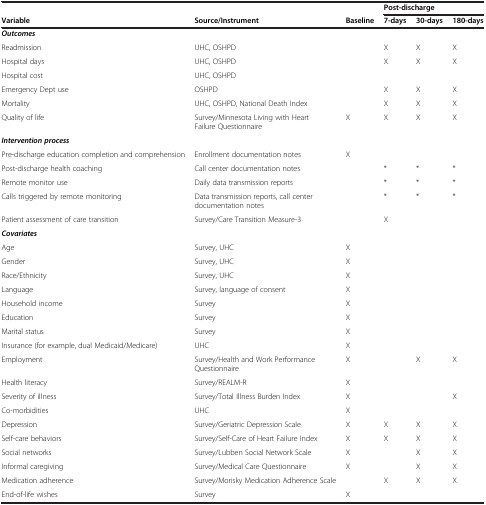
<table><thead><tr><td><b> </b></td><td><b> </b></td><td><b> </b></td><td colspan="3"><b>Post-discharge</b></td></tr><tr><td><b>Variable</b></td><td><b>Source/Instrument</b></td><td><b>Baseline</b></td><td><b>7-days</b></td><td><b>30-days</b></td><td><b>180-days</b></td></tr></thead><tbody><tr><td><b><i>Outcomes</i></b></td><td> </td><td> </td><td> </td><td> </td><td> </td></tr><tr><td>Readmission</td><td>UHC, OSHPD</td><td> </td><td>X</td><td>X</td><td>X</td></tr><tr><td>Hospital days</td><td>UHC, OSHPD</td><td> </td><td>X</td><td>X</td><td>X</td></tr><tr><td>Hospital cost</td><td>UHC, OSHPD</td><td> </td><td> </td><td> </td><td> </td></tr><tr><td>Emergency Dept use</td><td>OSHPD</td><td> </td><td>X</td><td>X</td><td>X</td></tr><tr><td>Mortality</td><td>UHC, OSHPD, National Death Index</td><td> </td><td>X</td><td>X</td><td>X</td></tr><tr><td>Quality of life</td><td>Survey/Minnesota Living with Heart Failure Questionnaire</td><td>X</td><td>X</td><td>X</td><td>X</td></tr><tr><td><b><i>Intervention process</i></b></td><td> </td><td> </td><td> </td><td> </td><td> </td></tr><tr><td>Pre-discharge education completion and comprehension</td><td>Enrollment documentation notes</td><td>X</td><td> </td><td> </td><td> </td></tr><tr><td>Post-discharge health coaching</td><td>Call center documentation notes</td><td> </td><td>*</td><td>*</td><td>*</td></tr><tr><td>Remote monitor use</td><td>Daily data transmission reports</td><td> </td><td>*</td><td>*</td><td>*</td></tr><tr><td>Calls triggered by remote monitoring</td><td>Data transmission reports, call center documentation notes</td><td> </td><td>*</td><td>*</td><td>*</td></tr><tr><td>Patient assessment of care transition</td><td>Survey/Care Transition Measure-3</td><td> </td><td>X</td><td> </td><td> </td></tr><tr><td><b><i>Covariates</i></b></td><td> </td><td> </td><td> </td><td> </td><td> </td></tr><tr><td>Age</td><td>Survey, UHC</td><td>X</td><td> </td><td> </td><td> </td></tr><tr><td>Gender</td><td>Survey, UHC</td><td>X</td><td> </td><td> </td><td> </td></tr><tr><td>Race/Ethnicity</td><td>Survey, UHC</td><td>X</td><td> </td><td> </td><td> </td></tr><tr><td>Language</td><td>Survey, language of consent</td><td>X</td><td> </td><td> </td><td> </td></tr><tr><td>Household income</td><td>Survey</td><td>X</td><td> </td><td> </td><td> </td></tr><tr><td>Education</td><td>Survey</td><td>X</td><td> </td><td> </td><td> </td></tr><tr><td>Marital status</td><td>Survey</td><td>X</td><td> </td><td> </td><td> </td></tr><tr><td>Insurance (for example, dual Medicaid/Medicare)</td><td>UHC</td><td>X</td><td> </td><td> </td><td> </td></tr><tr><td>Employment</td><td>Survey/Health and Work Performance Questionnaire</td><td>X</td><td> </td><td>X</td><td>X</td></tr><tr><td>Health literacy</td><td>Survey/REALM-R</td><td>X</td><td> </td><td> </td><td> </td></tr><tr><td>Severity of illness</td><td>Survey/Total Illness Burden Index</td><td>X</td><td> </td><td> </td><td>X</td></tr><tr><td>Co-morbidities</td><td>UHC</td><td>X</td><td> </td><td> </td><td> </td></tr><tr><td>Depression</td><td>Survey/Geriatric Depression Scale</td><td>X</td><td>X</td><td>X</td><td>X</td></tr><tr><td>Self-care behaviors</td><td>Survey/Self-Care of Heart Failure Index</td><td>X</td><td>X</td><td>X</td><td>X</td></tr><tr><td>Social networks</td><td>Survey/Lubben Social Network Scale</td><td>X</td><td> </td><td>X</td><td>X</td></tr><tr><td>Informal caregiving</td><td>Survey/Medical Care Questionnaire</td><td>X</td><td> </td><td>X</td><td>X</td></tr><tr><td>Medication adherence</td><td>Survey/Morisky Medication Adherence Scale</td><td> </td><td>X</td><td>X</td><td>X</td></tr><tr><td>End-of-life wishes</td><td>Survey</td><td>X</td><td> </td><td> </td><td> </td></tr></tbody></table>